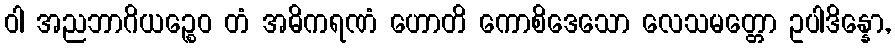
ဝါ အညဘာဂိယဉ္စေဝ တံ အဓိကရဏံ ဟောတိ ကောစိဒေသော လေသမတ္တော ဥပါဒိန္နော,